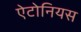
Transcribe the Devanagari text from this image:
ऐटोनियस